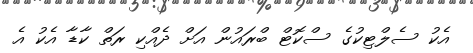
އެކު ސެލްޓިކުގެ ސްކޮޓް ބްރައުން އަށް ދެއްކި ރަތް ކާޑާ އެކު އެ